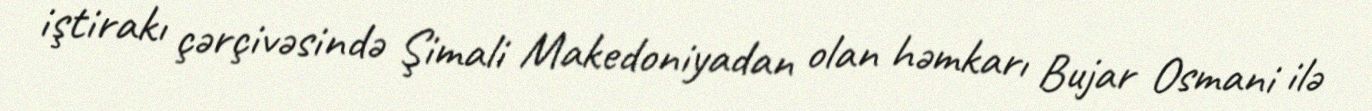
iştirakı çərçivəsində Şimali Makedoniyadan olan həmkarı Bujar Osmani ilə